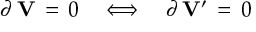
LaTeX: \partial \, { \bf V } \, = \, 0 \quad \Longleftrightarrow \quad \partial \, { \bf V } ^ { \prime } \, = \, 0